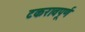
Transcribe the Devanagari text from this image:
टकरावपूर्ण